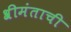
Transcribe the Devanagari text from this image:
श्रीमंताची